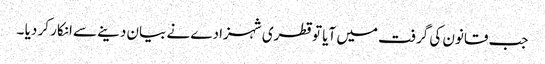
جب قانون کی گرفت میں آیا تو قطری شہزادے نے بیان دینے سے انکار کر دیا ۔